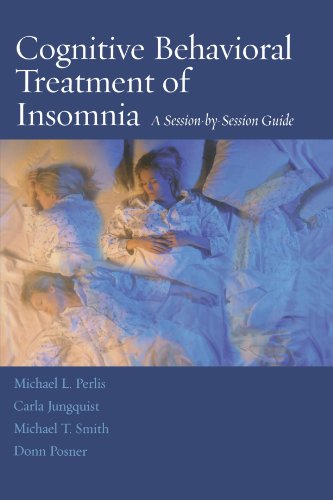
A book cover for Cognitive Behavioral Treatment of Insomnia: A Session-by-Session Guide; Michael L. Perlis; Medical Books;